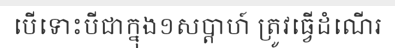
បើទោះបីជាក្នុង១សប្តាហ៍ ត្រូវធ្វើដំណើរ